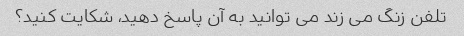
تلفن زنگ می زند می توانید به آن پاسخ دهید، شکایت کنید؟